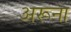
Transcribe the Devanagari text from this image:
अरूना